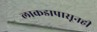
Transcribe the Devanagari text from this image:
लाकडापासूनही